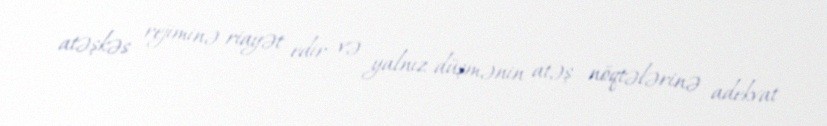
atəşkəs rejiminə riayət edir və yalnız düşmənin atəş nöqtələrinə adekvat